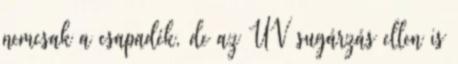
nemcsak a csapadék, de az UV sugárzás ellen is